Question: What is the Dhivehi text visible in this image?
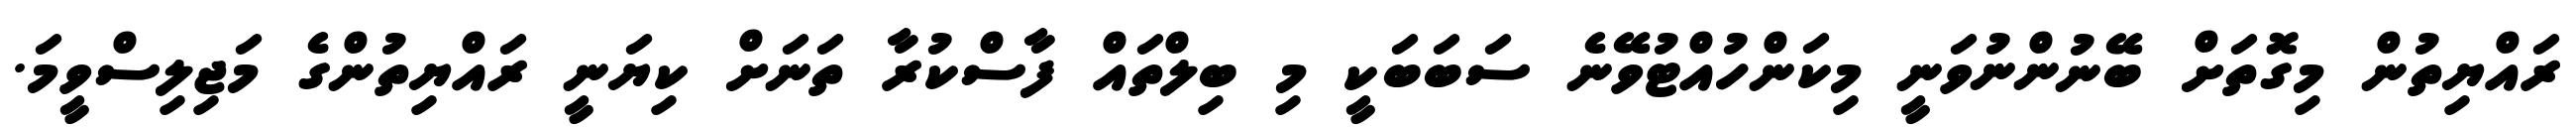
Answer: ރައްޔިތުން މިގޮތަށް ބޭނުންނުވަނީ މިކަންހުއްޓުވޭނެ ސަބަބަކީ މި ބިލްތައް ފާސްކުރާ ތަނަށް ކިޔަނީ ރައްޔިތުންގެ މަޖިލިސްވީމަ.